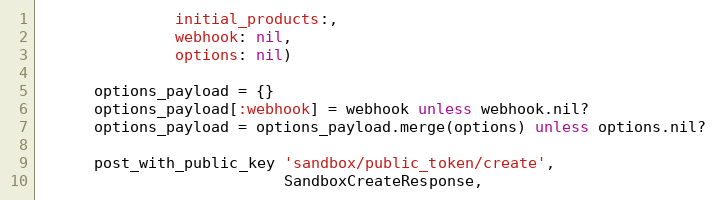
Language: Ruby
               initial_products:,
               webhook: nil,
               options: nil)

      options_payload = {}
      options_payload[:webhook] = webhook unless webhook.nil?
      options_payload = options_payload.merge(options) unless options.nil?

      post_with_public_key 'sandbox/public_token/create',
                           SandboxCreateResponse,